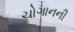
ચોગાનની